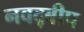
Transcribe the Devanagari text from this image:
नवद्बीप